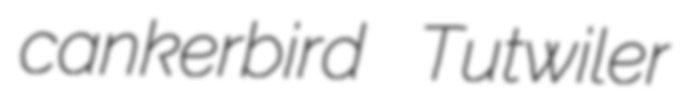
cankerbird Tutwiler